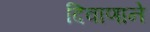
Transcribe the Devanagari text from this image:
दिवाणाने